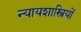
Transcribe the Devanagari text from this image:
न्यायशास्त्रियों